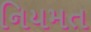
નિયમત